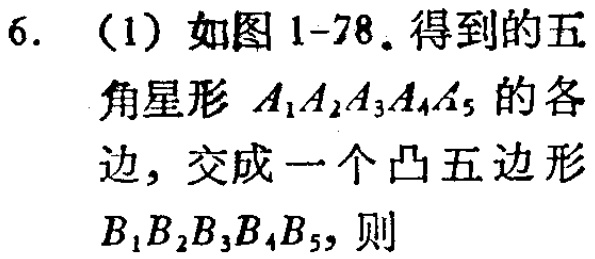
6. （1）如图1-78. 得到的五角星形\(A_{1}A_{2}A_{3}A_{4}A_{5}\)的各边，交成一个凸五边形\(B_{1}B_{2}B_{3}B_{4}B_{5}\)，则